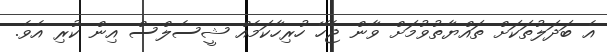
އެ ބަދަލުތަކަށް ތައްޔާތުވުމަށް ވާން ޖެހޭ ހުރިހާކަމެއް ޝީސެލްސް އިން ކުރި އެވެ.